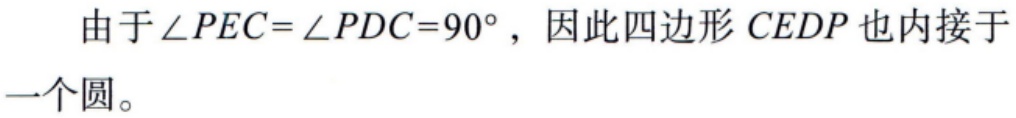
由于\(\angle PEC = \angle PDC = 90^{\circ}\)，因此四边形\(CEDP\)也内接于一个圆。